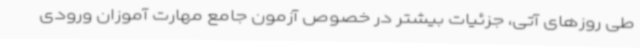
طی روزهای آتی، جزئیات بیشتر در خصوص آزمون جامع مهارت آموزان ورودی